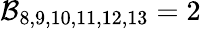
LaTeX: \mathcal{B}_{8,9,10,11,12,13}=2